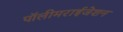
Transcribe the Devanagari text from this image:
पॉलीमराईजेशन